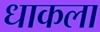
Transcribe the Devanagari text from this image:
धाकला